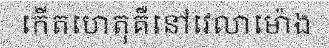
កើតហេតុគឺនៅវេលាម៉ោង